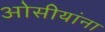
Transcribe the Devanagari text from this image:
ओसीयांना